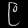
Digit: ၉